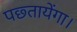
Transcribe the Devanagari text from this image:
पछ्तायेंगा।